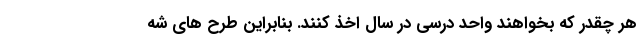
هر چقدر که بخواهند واحد درسی در سال اخذ کنند. بنابراین طرح های شه